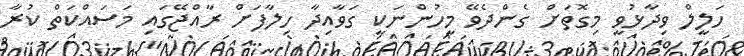
ހަލީލް ވިދާޅުވީ މިގޮތަށް ގެންދެވޭ މީހުންނަކީ ގަވާއިދާ ހިލާފަށް ރާއްޖޭގައި މަސަައްކަތް ކުރާ